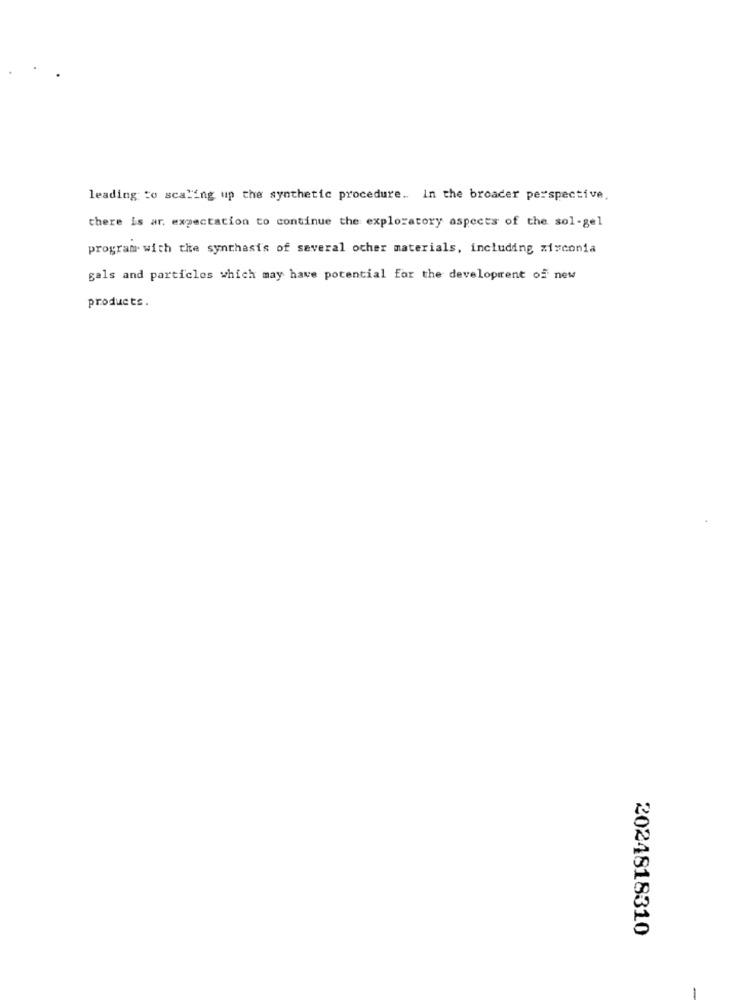
leading to scaling up the synthetic procedure .. In the broader perspective,
there is ar, expectation to continue the exploratory aspects of the sol-gel
program with the synthasi's of several other materials, including zirconia
gals and particles which may have potential for the development of new
products.
2024818310